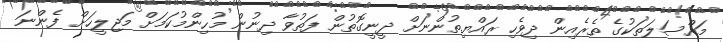
މައްސަލަތަކުގެ ތެރެއިން ދިވެހި ރައްޔިތުންނަށް ދީނީގޮތުން ފަތުވާ ދިނުން މުހިންމުކަމަށް މަޖިލީހަށް ފެންނަ